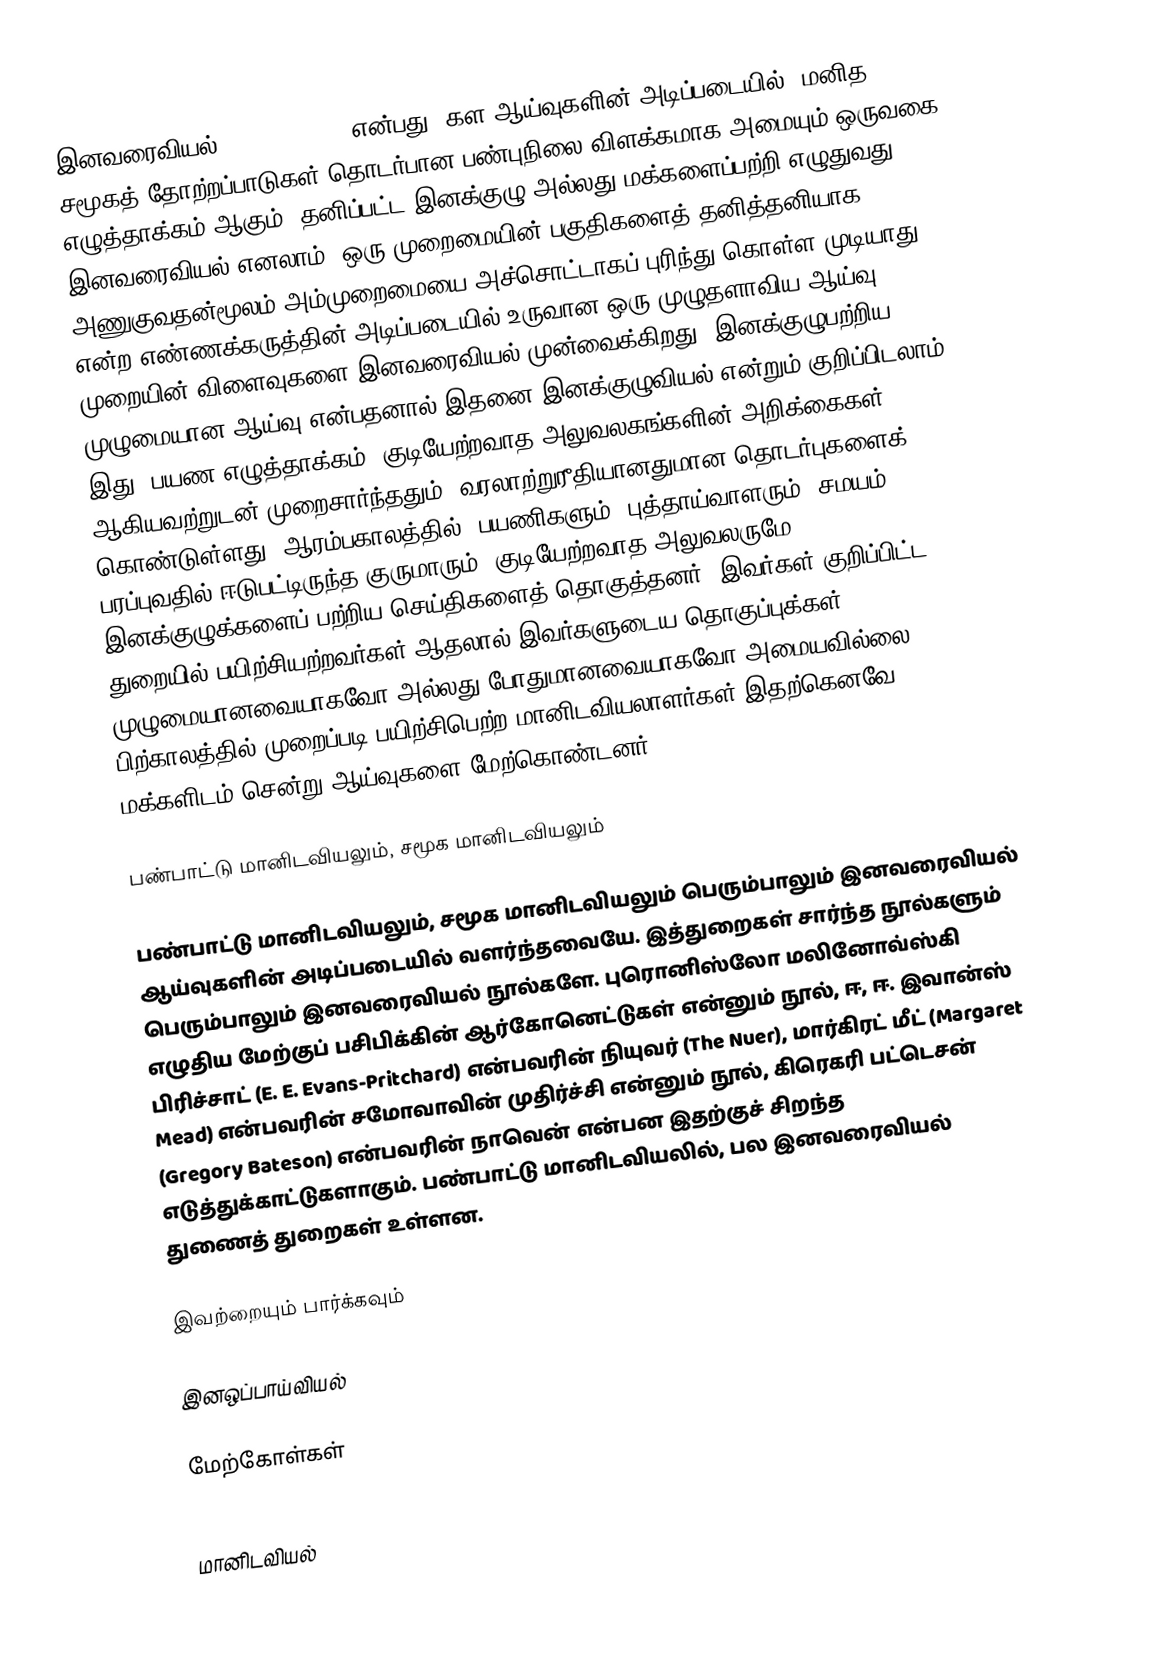
இனவரைவியல் (Ethnography) என்பது, கள ஆய்வுகளின் அடிப்படையில், மனித சமூகத் தோற்றப்பாடுகள் தொடர்பான பண்புநிலை விளக்கமாக அமையும் ஒருவகை எழுத்தாக்கம் ஆகும். தனிப்பட்ட இனக்குழு அல்லது மக்களைப்பற்றி எழுதுவது இனவரைவியல் எனலாம். ஒரு முறைமையின் பகுதிகளைத் தனித்தனியாக அணுகுவதன்மூலம் அம்முறைமையை அச்சொட்டாகப் புரிந்து கொள்ள முடியாது என்ற எண்ணக்கருத்தின் அடிப்படையில் உருவான ஒரு முழுதளாவிய ஆய்வு முறையின் விளைவுகளை இனவரைவியல் முன்வைக்கிறது. இனக்குழுபற்றிய முழுமையான ஆய்வு என்பதனால் இதனை இனக்குழுவியல் என்றும் குறிப்பிடலாம். இது, பயண எழுத்தாக்கம், குடியேற்றவாத அலுவலகங்களின் அறிக்கைகள் ஆகியவற்றுடன் முறைசார்ந்ததும், வரலாற்றுரீதியானதுமான தொடர்புகளைக் கொண்டுள்ளது. ஆரம்பகாலத்தில், பயணிகளும், புத்தாய்வாளரும், சமயம் பரப்புவதில் ஈடுபட்டிருந்த குருமாரும், குடியேற்றவாத அலுவலருமே இனக்குழுக்களைப் பற்றிய செய்திகளைத் தொகுத்தனர். இவர்கள் குறிப்பிட்ட துறையில் பயிற்சியற்றவர்கள் ஆதலால் இவர்களுடைய தொகுப்புக்கள் முழுமையானவையாகவோ அல்லது போதுமானவையாகவோ அமையவில்லை. பிற்காலத்தில் முறைப்படி பயிற்சிபெற்ற மானிடவியலாளர்கள் இதற்கெனவே மக்களிடம் சென்று ஆய்வுகளை மேற்கொண்டனர்.

பண்பாட்டு மானிடவியலும், சமூக மானிடவியலும்

பண்பாட்டு மானிடவியலும், சமூக மானிடவியலும் பெரும்பாலும் இனவரைவியல் ஆய்வுகளின் அடிப்படையில் வளர்ந்தவையே. இத்துறைகள் சார்ந்த நூல்களும் பெரும்பாலும் இனவரைவியல் நூல்களே. புரொனிஸ்லோ மலினோவ்ஸ்கி எழுதிய மேற்குப் பசிபிக்கின் ஆர்கோனெட்டுகள் என்னும் நூல், ஈ, ஈ. இவான்ஸ் பிரிச்சாட் (E. E. Evans-Pritchard) என்பவரின் நியுவர் (The Nuer), மார்கிரட் மீட் (Margaret Mead) என்பவரின் சமோவாவின் முதிர்ச்சி என்னும் நூல், கிரெகரி பட்டெசன் (Gregory Bateson) என்பவரின் நாவென் என்பன இதற்குச் சிறந்த எடுத்துக்காட்டுகளாகும். பண்பாட்டு மானிடவியலில், பல இனவரைவியல் துணைத் துறைகள் உள்ளன.

இவற்றையும் பார்க்கவும்

 இனஒப்பாய்வியல்

மேற்கோள்கள்

மானிடவியல்